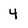
Character: 4